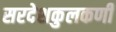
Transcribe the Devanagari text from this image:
सरदेशकुलकर्णी